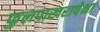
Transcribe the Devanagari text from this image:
फुलपाखरापेक्षा